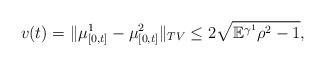
LaTeX: \begin{align*}v(t) = \|\mu^1_{[0,t]} - \mu^2_{[0,t]}\|_{TV} \le 2\sqrt{\mathbb E^{\gamma^1}\rho^2 - 1},\end{align*}